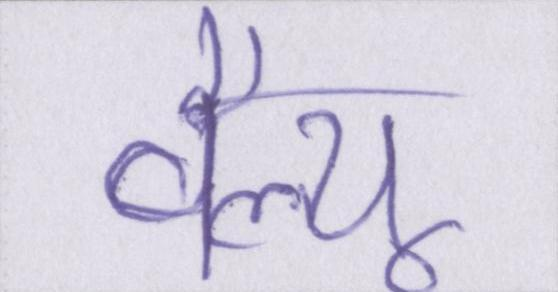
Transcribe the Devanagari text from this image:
वैल्यू